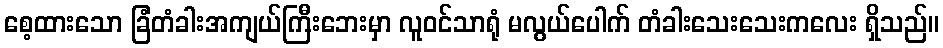
စေ့ထားသော ခြံတံခါးအကျယ်ကြီးဘေးမှာ လူဝင်သာရုံ မလွယ်ပေါက် တံခါးသေးသေးကလေး ရှိသည်။